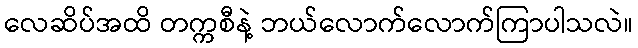
လေဆိပ်အထိ တက္ကစီနဲ့ ဘယ်လောက်လောက်ကြာပါသလဲ။